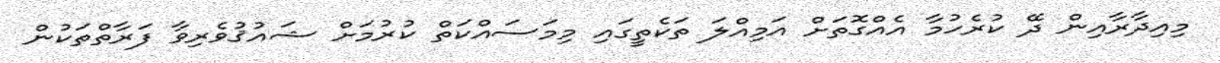
މިއިދާރާއިން ދޭ ކުރެހުމާ އެއްގޮތަށް އަމިއްލަ ތަކެތީގައި މިމަސައްކަތް ކުރުމަށް ޝައުޤުވެރިވާ ފަރާތްތަކުން